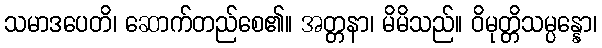
သမာဒပေတိ၊ ဆောက်တည်စေ၏။ အတ္တနာ၊ မိမိသည်။ ဝိမုတ္တိသမ္ပန္နော၊